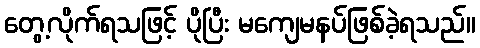
တွေ့လိုက်ရသဖြင့် ပိုပြီး မကျေမနပ်ဖြစ်ခဲ့ရသည်။